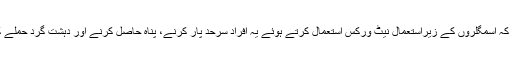
اِس سے صاف ظاہر ہے کہ اسمگلروں کے زیراستعمال نیٹ ورکس استعمال کرتے ہوئے یہ افراد سرحد پار کرنے، پناہ حاصل کرنے اور دہشت گرد حملے کرنے میں کامیاب رہے۔